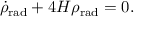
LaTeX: { \dot { \rho } } _ { \mathrm { { r a d } } } + 4 H \rho _ { \mathrm { { r a d } } } = 0 .